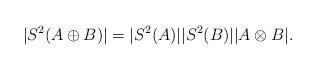
LaTeX: \begin{align*}|S^2(A\oplus B)|= |S^2(A)||S^2(B)||A\otimes B|.\end{align*}